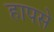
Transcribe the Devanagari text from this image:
हापसे